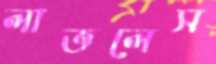
লাভলেস